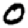
Digit: 0